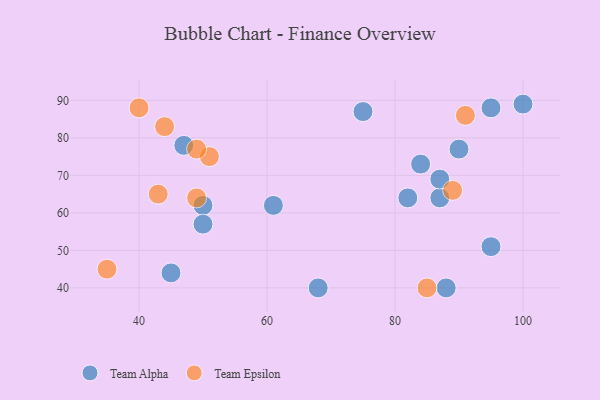
{"axis": {"x": "GDP", "y": "Life Expectancy"}, "legend": ["Team Alpha", "Team Epsilon"], "data": [{"x": "100", "y": 89, "type": "Team Alpha"}, {"x": "50", "y": 62, "type": "Team Alpha"}, {"x": "87", "y": 64, "type": "Team Alpha"}, {"x": "95", "y": 88, "type": "Team Alpha"}, {"x": "84", "y": 73, "type": "Team Alpha"}, {"x": "50", "y": 57, "type": "Team Alpha"}, {"x": "75", "y": 87, "type": "Team Alpha"}, {"x": "47", "y": 78, "type": "Team Alpha"}, {"x": "88", "y": 40, "type": "Team Alpha"}, {"x": "45", "y": 44, "type": "Team Alpha"}, {"x": "61", "y": 62, "type": "Team Alpha"}, {"x": "90", "y": 77, "type": "Team Alpha"}, {"x": "95", "y": 51, "type": "Team Alpha"}, {"x": "68", "y": 40, "type": "Team Alpha"}, {"x": "82", "y": 64, "type": "Team Alpha"}, {"x": "87", "y": 69, "type": "Team Alpha"}, {"x": "44", "y": 83, "type": "Team Epsilon"}, {"x": "51", "y": 75, "type": "Team Epsilon"}, {"x": "85", "y": 40, "type": "Team Epsilon"}, {"x": "91", "y": 86, "type": "Team Epsilon"}, {"x": "49", "y": 64, "type": "Team Epsilon"}, {"x": "40", "y": 88, "type": "Team Epsilon"}, {"x": "49", "y": 77, "type": "Team Epsilon"}, {"x": "35", "y": 45, "type": "Team Epsilon"}, {"x": "89", "y": 66, "type": "Team Epsilon"}, {"x": "43", "y": 65, "type": "Team Epsilon"}]}